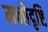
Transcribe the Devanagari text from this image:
मनोदृष्टि